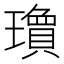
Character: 𬎘